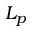
L _ { p }